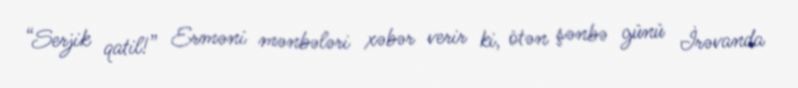
“Serjik qatil!” Erməni mənbələri xəbər verir ki, ötən şənbə günü İrəvanda